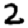
Digit: 2